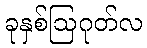
ခုနှစ်ဩဂုတ်လ